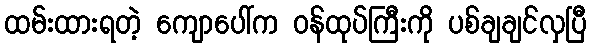
ထမ်းထားရတဲ့ ကျောပေါ်က ဝန်ထုပ်ကြီးကို ပစ်ချချင်လှပြီ